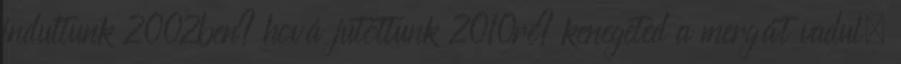
indultunk 2002ben? hová jutottunk 2010re? kenegeted a mergát vadul.